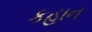
કહાન